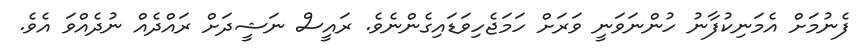
ފެނުމަށް އެމަނިކުފާނު ހުންނަވަނީ ވަރަށް ހަމަޖެހިވަޑައިގެންނެވެ. ރައީސް ނަޝީދަށް ރައްދެއް ނުދެއްވަ އެވެ.